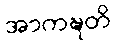
အာကဍ္ဎတိ